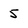
Character: 5